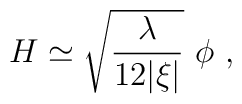
H \simeq \sqrt{\lambda\over 12|\xi|} \ \phi \ ,